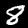
Label: 8